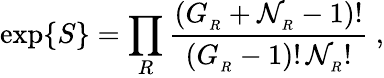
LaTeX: \exp\{ S\} =\prod_{R}{\frac{(G_{_R}+{\cal N}_{_R}-1)!}{(G_{_R}-1)!\, {\cal N}_{_R}!}}\ ,